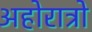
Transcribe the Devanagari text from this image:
अहोरात्रो